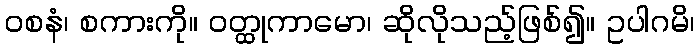
ဝစနံ၊ စကားကို။ ဝတ္ထုကာမော၊ ဆိုလိုသည့်ဖြစ်၍။ ဥပါဂမိ၊